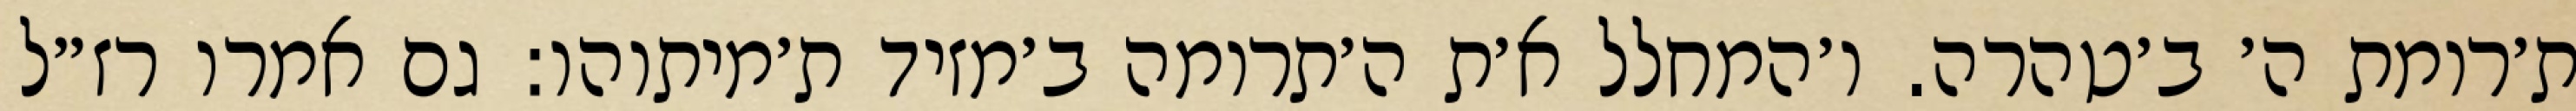
ת׳רומת ה׳ ב׳טהרה. ו׳המחלל א׳ת ה׳תרומה ב׳מזיד ת׳מיתוהו: גם אמרו רז״ל